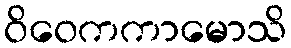
ဝိဝေကကာမောသိ